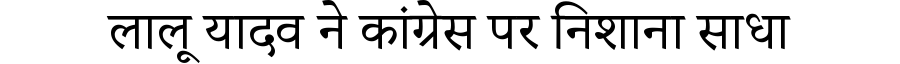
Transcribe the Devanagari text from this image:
लालू यादव ने कांग्रेस पर निशाना साधा